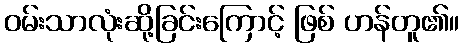
ဝမ်းသာလုံးဆို့ခြင်းကြောင့် ဖြစ် ဟန်တူ၏။